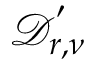
\mathcal { D } _ { r , \nu } ^ { ' }